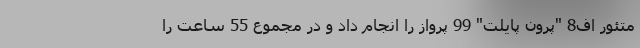
متئور اف8 "پرون پایلت" 99 پرواز را انجام داد و در مجموع 55 ساعت را